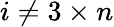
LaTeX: i\neq 3\times n